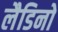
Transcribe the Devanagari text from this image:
लैडिनो